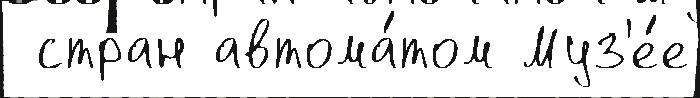
 стран автома́том Муз'е́е